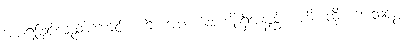
အပါရဖြင့်လည်းကောင်း။ ကိံ၊ အဘယ်အကျိုးရှိအံ့နည်း။ ဟိ၊ ထိုစကားသင့်စွ။